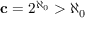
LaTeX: \mathbf { c } = 2 ^ { \aleph _ { 0 } } > { \aleph _ { 0 } }